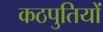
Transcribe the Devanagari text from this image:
कठपुतियों